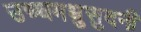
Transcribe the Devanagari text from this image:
उच्चमधुसुदनी